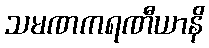
သမဏကရဏီယာနိ